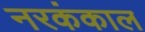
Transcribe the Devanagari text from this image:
नरकंकाल